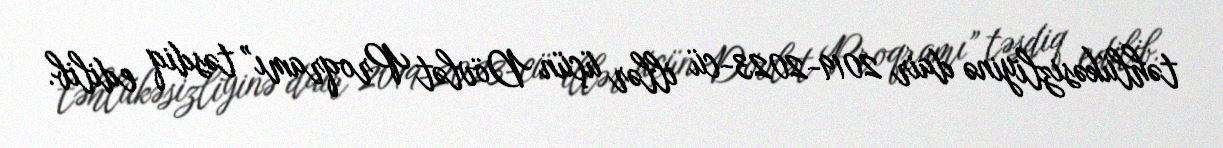
təhlükəsizliyinə dair 2019-2023-cü illər üçün Dövlət Proqramı” təsdiq edilib.